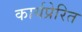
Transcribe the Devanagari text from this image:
कार्यप्रेरित